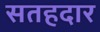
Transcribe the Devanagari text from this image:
सतहदार